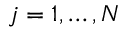
j = 1 , \ldots , N